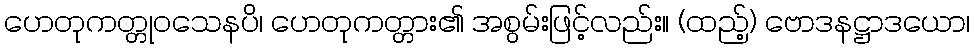
ဟေတုကတ္တုဝသေနပိ၊ ဟေတုကတ္တား၏ အစွမ်းဖြင့်လည်း။ (ထည့်) ဗောဒနဋ္ဌာဒယော၊